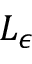
L _ { \epsilon }